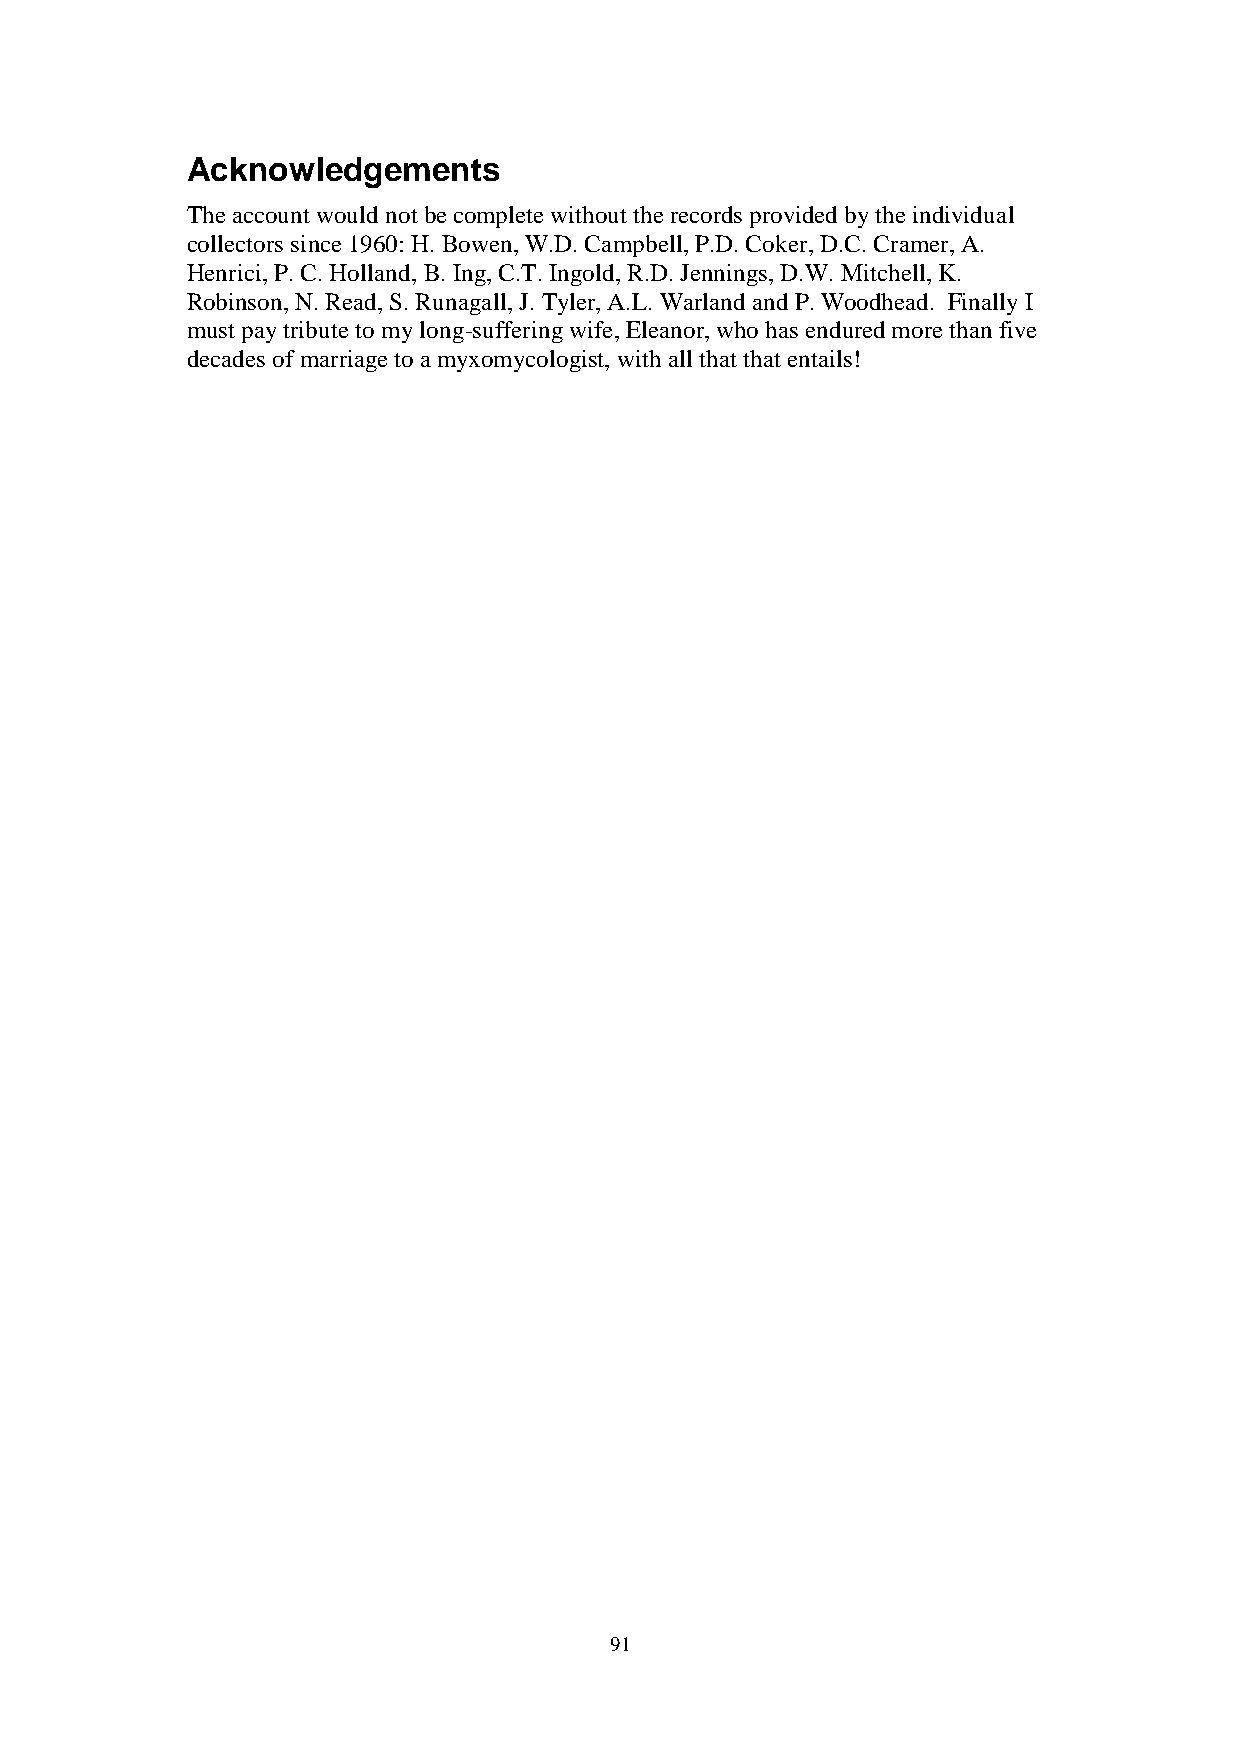
Acknowledgements
 The account would not be complete without the records provided by the individual
 collectors since 1960: H. Bowen, W.D. Campbell, P.D. Coker, D.C. Cramer, A.
 Henrici, P. C. Holland, B. Ing, C.T. Ingold, R.D. Jennings, D.W. Mitchell, K.
 Robinson, N. Read, S. Runagall, J. Tyler, A.L. Warland and P. Woodhead. Finally I
 must pay tribute to my long-suffering wife, Eleanor, who has endured more than five
 decades of marriage to a myxomycologist, with all that that entails!
 91